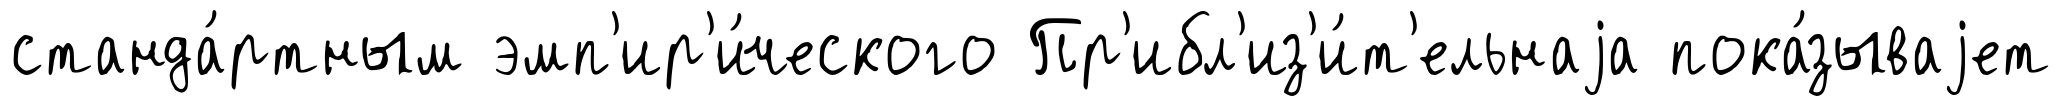
станда́ртным эмп'ир'и́ческого Пр'ибл'из'и́т'ельнаjа пока́зываjет